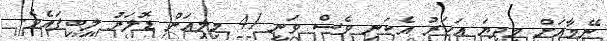
ނޭމާއަށް މިދިޔަ އަހަރު އެކަނި ވެސް ވަނީ 41 މިލިއަން ޑޮލަރު ލިބިފައެވެ.